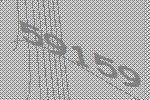
59159